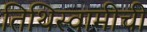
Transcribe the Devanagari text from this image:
तिथिस्वामीची